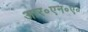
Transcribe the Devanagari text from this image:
आर॰एन॰ए॰